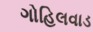
ગોહિલવાડ